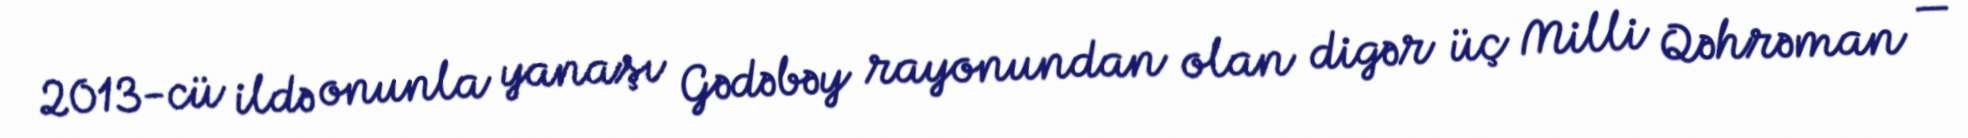
2013-cü ildə onunla yanaşı Gədəbəy rayonundan olan digər üç Milli Qəhrəman —